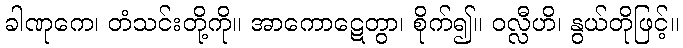
ခါဏုကေ၊ တံသင်းတို့ကို။ အာကောဋေတွာ၊ စိုက်၍။ ဝလ္လီဟိ၊ နွယ်တိုဖြင့်။